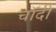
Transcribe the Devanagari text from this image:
चाॅदी